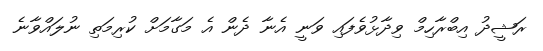
ރަޝީދު އިބްރާހިމް ވިދާޅުވެފައި ވަނީ އެނާ ދެން އެ މަގާމަށް ކުރިމަތި ނުލައްވާނެ